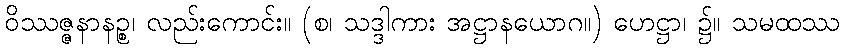
ဝိဿဇ္ဇနာနဉ္စ၊ လည်းကောင်း။ (စ၊ သဒ္ဒါကား အဋ္ဌာနယောဂ။) ဟေဋ္ဌာ၊ ၌။ သမထဿ